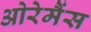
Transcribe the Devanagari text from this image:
ओरेमैंस